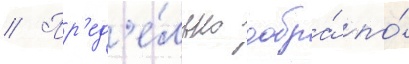
// Пр'ед'е́льно добра́ по́